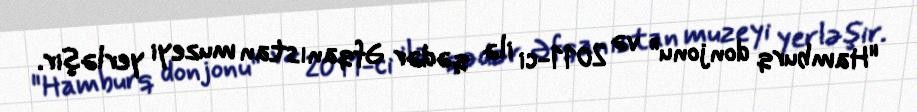
"Hamburq donjonu" və 2011-ci ilə qədər Əfqanıstan muzeyi yerləşir.